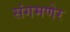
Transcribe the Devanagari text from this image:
संगमणेर